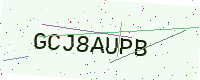
Text: GCJ8AUPB